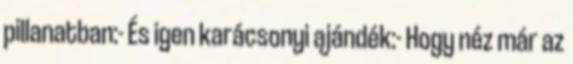
pillanatban:- És igen karácsonyi ajándék:- Hogy néz már az